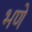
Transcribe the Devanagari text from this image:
भणे